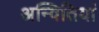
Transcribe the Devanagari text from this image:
अन्वितियां